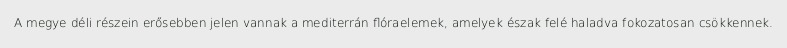
A megye déli részein erősebben jelen vannak a mediterrán flóraelemek, amelyek észak felé haladva fokozatosan csökkennek.